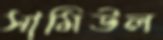
সামিউল